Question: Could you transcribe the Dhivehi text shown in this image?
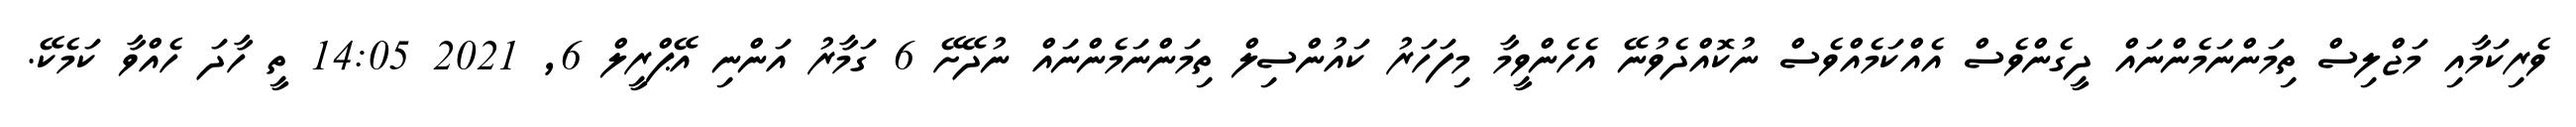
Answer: ވެރިކަމާއި މަޖްލިސް ތިމަންނަމެންނައް ދީގެންވެސް އެއްކަމެއްވެސް ނުކޮއްދެވުނޭ އެހެންވީމާ މިފަހަރު ކައުންސިލް ތިމަންނަމެންނައް ނުދޭށޭ 6 ގަމާރު އަންނި އޭޕްރީލް 6, 2021 14:05 ތީ ހާދަ ހެއްވާ ކަމެކޭ.